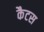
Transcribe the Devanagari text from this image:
कैटस